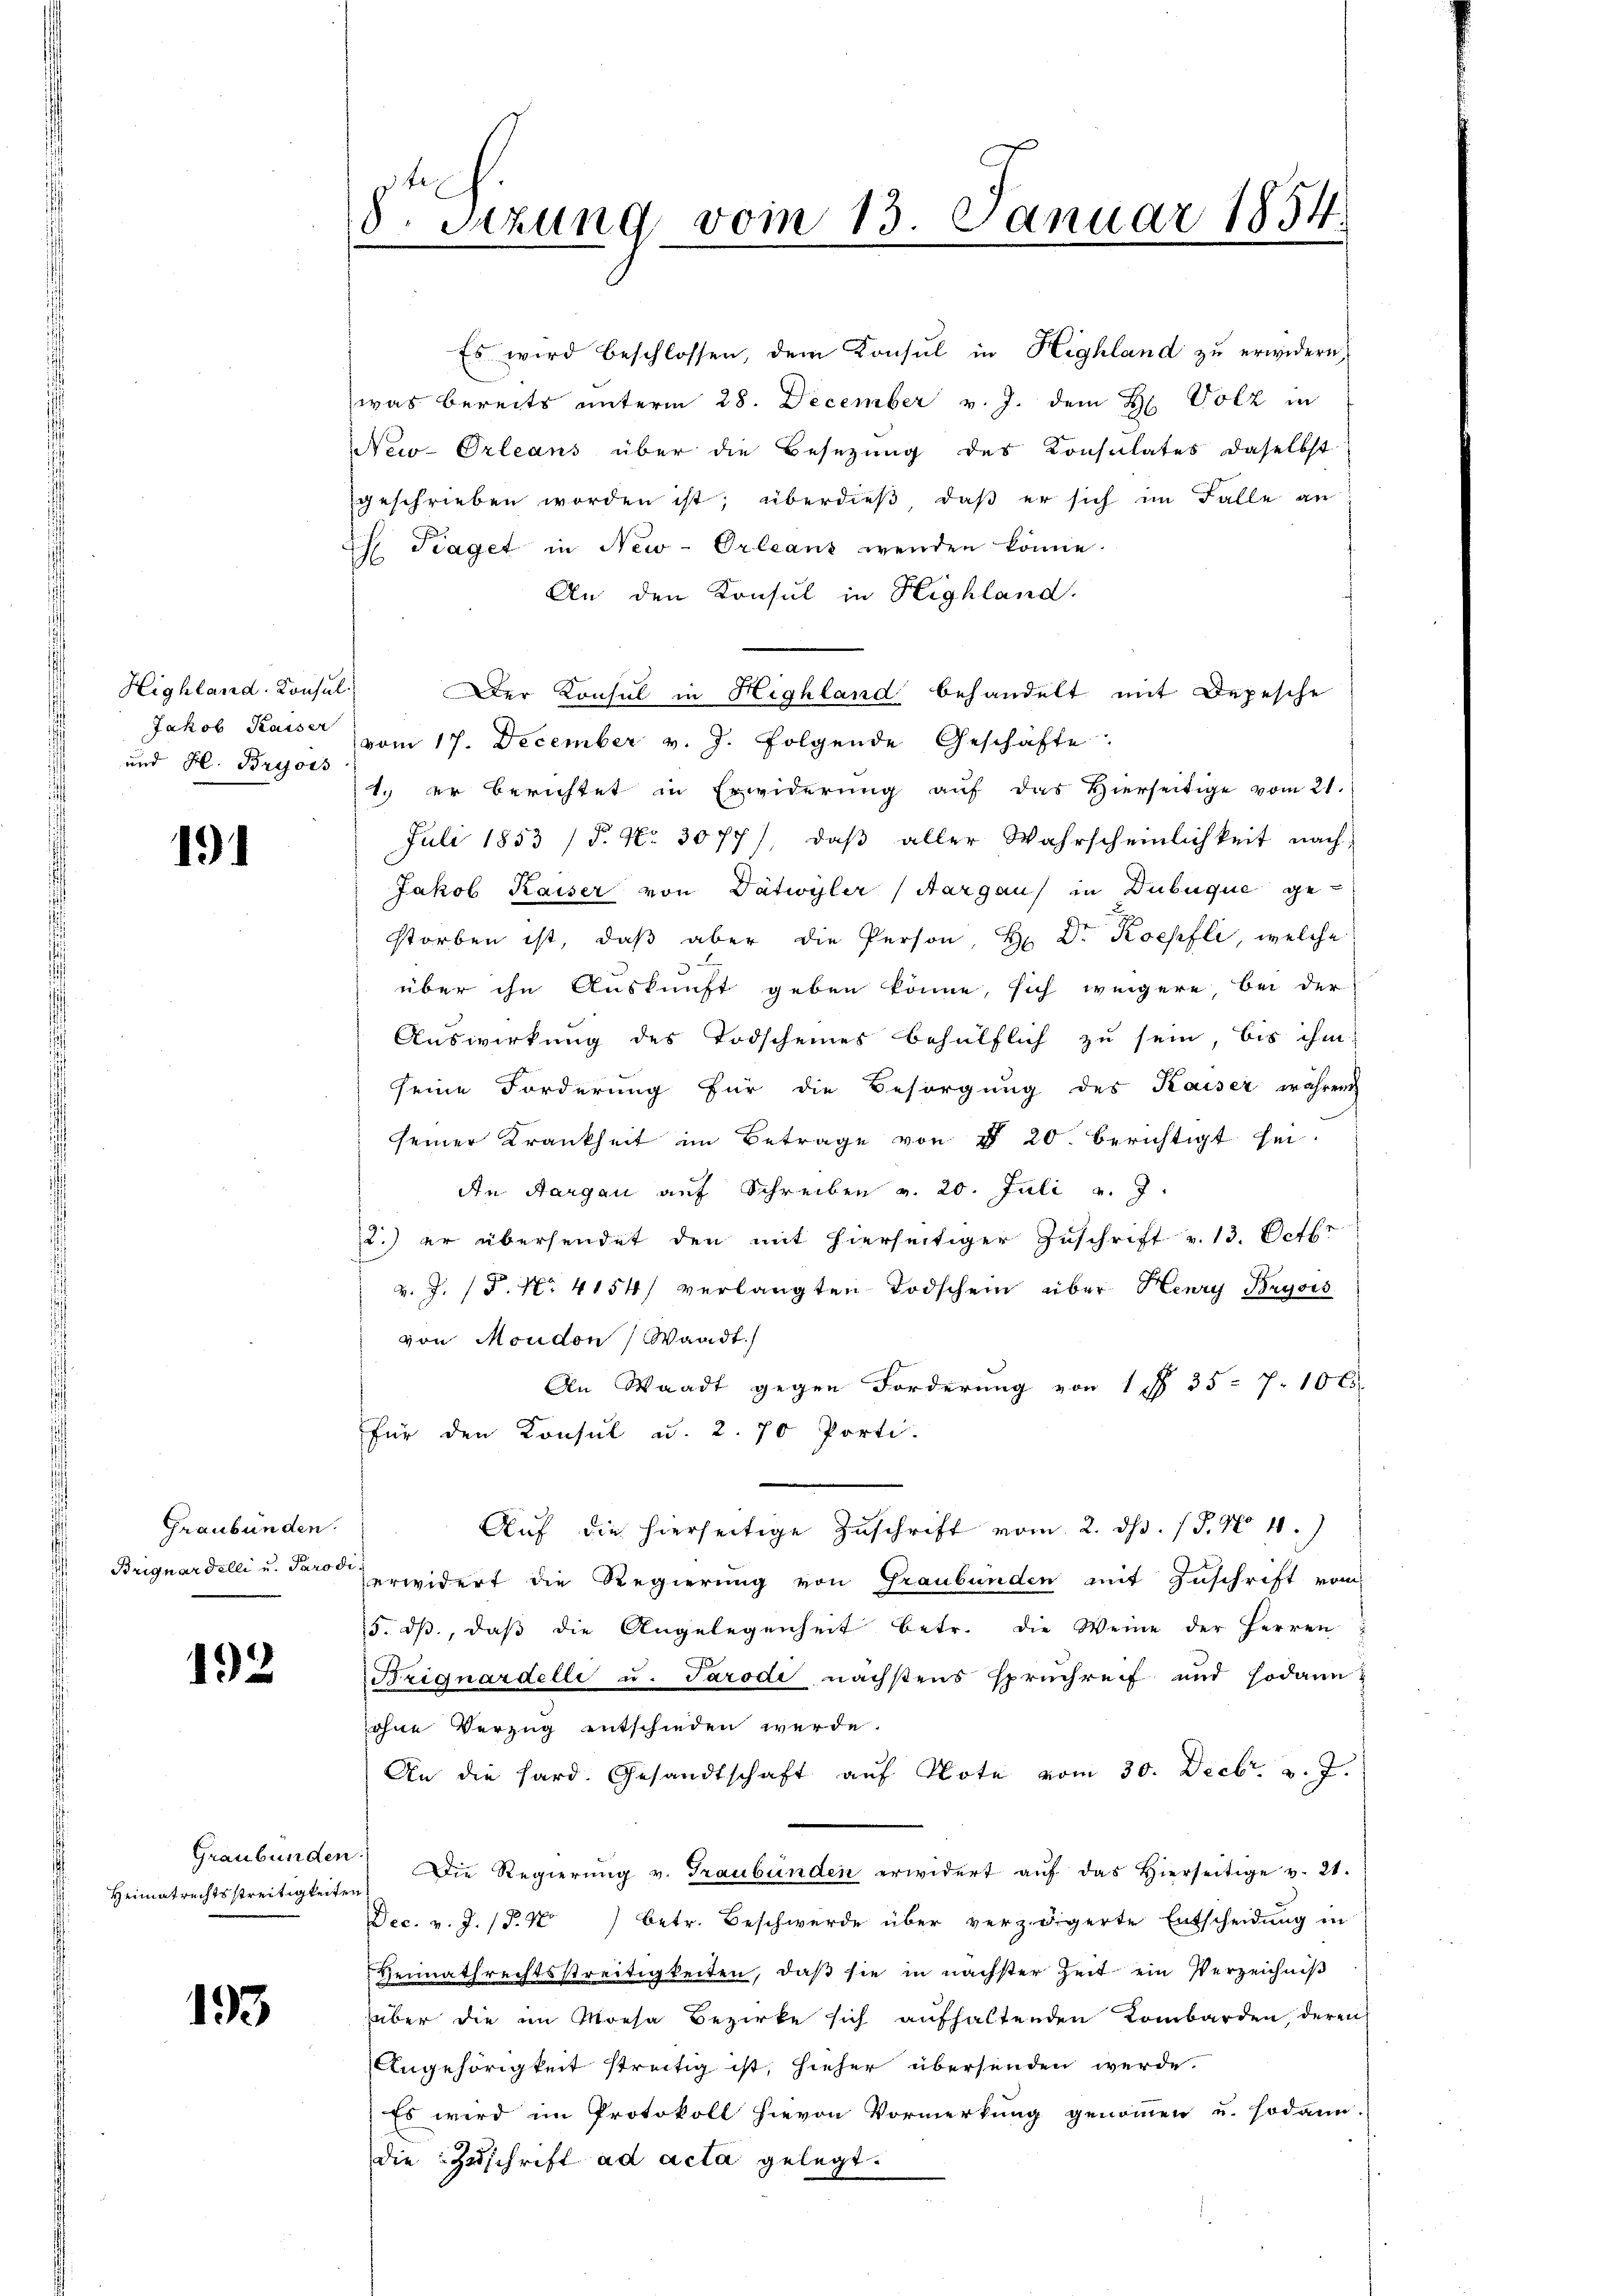
Highland. Konsul
Jakob Kasser
und H. Bryjors

191

Graubünden.

192

Heimatrechtsstreitigkeiten

193

Fraget in New-Orleans wenden könne.
An den Konsul in Highland.
Der Konsul in Highland behandelt mit Depesche
vom 17. December v. J. folgende Geschäfte
1. er berichtet in Erwiderung aŭf das hierseitige vom 21.
Juli 1853 /F. No. 3077), daβ aller Wahrscheinlichkeit nach
Jakob Kaiser von Dätwyler (Aargaus in Dubuque gestorben ist, daβ aber die Person, Hr. Dr. Koepfli, welche
2
über ihn Auskunft geben könne, sich weigere, bei der
Auswirkung des Todscheines behülflich zu sein, bis ihm
seine Forderung für die Besorgung des Kaiser währen
seiner Krankheit im Betrage von § 20. berichtigt sei.
An Aargau auf Schreiben v. 20. Juli v. J.
2.) er übersendet den mit hierseitiger Zuschrift v. 13. Octbr
v. J. P. Nr. 4154) verlangten Todschein über Henry Bryors
von Moudon Waadt.
An Waadt gegen Forderung von 1 f 35 - 7. 10 l.
für den Konsul ad. 2.70 Porti.
Aŭf die hierseitige Zuschrift vom 2. ds. (T. N. 4.)
Briguardelli u. der erwidert die Regierung von Graubünden mit Zuschrift vom
5. ds., daß die Angelegenheit betr. die Weine der Herren
Briguardelli u. Parodi nächstens spruchreif und sodann
sohne Verzug entschieden werde.
An die hard. Gesandtschaft aŭf Note vom 30. Decbr. v. J.
Graubünden. Die Regierŭng v. Graubünden erwidert aŭf das hierseitige v. 21.
Dec. v. J. P. Nr. 1 betr. Beschwerde über verzögerte Entscheidung in
Heimathrechtsstreitigkeiten, daß sie in nächster Zeit ein Verzeichniß
über die im Morsa Bezirke sich aufhaltenden Kombarden, deren
Angehörigkeit streitig ist, hieher übersenden werde.
Es wird im Protokoll hievon Vormerkung genommen u. sodann.
die Zuschrift ad acta gelegt.

8. Sitzung vom 13. Januar 1854.

Es wird beschlossen, dem Konsul in Highland zu erwidern,
was bereits unterm 28. December v. J. dem H. Volz in
New-Orleans über die Besetzung des Konsulates daselbst
geschrieben worden ist; überdieβ, daβ er sich im Falle an